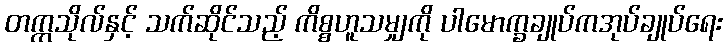
တက္ကသိုလ်နှင့် သက်ဆိုင်သည့် ကိစ္စဟူသမျှကို ပါမောက္ခချုပ်ကအုပ်ချုပ်ရေး